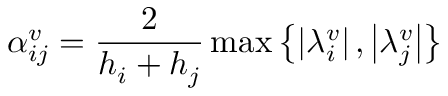
\alpha _ { i j } ^ { v } = \frac { 2 } { h _ { i } + h _ { j } } \operatorname* { m a x } \left\lbrace \left| \lambda _ { i } ^ { v } \right| , \left| \lambda _ { j } ^ { v } \right| \right\rbrace